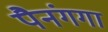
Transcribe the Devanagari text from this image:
पैनंगगा